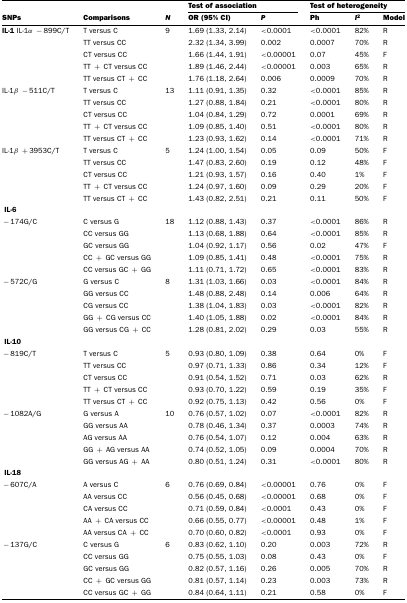
<table><thead><tr><td></td><td></td><td></td><td colspan="2"><b>Test of association</b></td><td colspan="3"><b>Test of heterogeneity</b></td></tr><tr><td><b>SNPs</b></td><td><b>Comparisons</b></td><td><b><i>N</i></b></td><td><b>OR (95% CI)</b></td><td><b><i>P</i></b></td><td><b>Ph</b></td><td><b><i>I</i><sup>2</sup></b></td><td><b>Model</b></td></tr></thead><tbody><tr><td><b>IL-1</b> IL-1α −899C/T</td><td>T versus C</td><td>9</td><td>1.69 (1.33, 2.14)</td><td>&lt;0.0001</td><td>&lt;0.0001</td><td>82%</td><td>R</td></tr><tr><td></td><td>TT versus CC</td><td></td><td>2.32 (1.34, 3.99)</td><td>0.002</td><td>0.0007</td><td>70%</td><td>R</td></tr><tr><td></td><td>CT versus CC</td><td></td><td>1.66 (1.44, 1.91)</td><td>&lt;0.00001</td><td>0.07</td><td>45%</td><td>F</td></tr><tr><td></td><td>TT + CT versus CC</td><td></td><td>1.89 (1.46, 2.44)</td><td>&lt;0.00001</td><td>0.003</td><td>65%</td><td>R</td></tr><tr><td></td><td>TT versus CT + CC</td><td></td><td>1.76 (1.18, 2.64)</td><td>0.006</td><td>0.0009</td><td>70%</td><td>R</td></tr><tr><td>IL-1β −511C/T</td><td>T versus C</td><td>13</td><td>1.11 (0.91, 1.35)</td><td>0.32</td><td>&lt;0.0001</td><td>85%</td><td>R</td></tr><tr><td></td><td>TT versus CC</td><td></td><td>1.27 (0.88, 1.84)</td><td>0.21</td><td>&lt;0.0001</td><td>80%</td><td>R</td></tr><tr><td></td><td>CT versus CC</td><td></td><td>1.04 (0.84, 1.29)</td><td>0.72</td><td>0.0001</td><td>69%</td><td>R</td></tr><tr><td></td><td>TT + CT versus CC</td><td></td><td>1.09 (0.85, 1.40)</td><td>0.51</td><td>&lt;0.0001</td><td>80%</td><td>R</td></tr><tr><td></td><td>TT versus CT + CC</td><td></td><td>1.23 (0.93, 1.62)</td><td>0.14</td><td>&lt;0.0001</td><td>71%</td><td>R</td></tr><tr><td>IL-1β +3953C/T</td><td>T versus C</td><td>5</td><td>1.24 (1.00, 1.54)</td><td>0.05</td><td>0.09</td><td>50%</td><td>F</td></tr><tr><td></td><td>TT versus CC</td><td></td><td>1.47 (0.83, 2.60)</td><td>0.19</td><td>0.12</td><td>48%</td><td>F</td></tr><tr><td></td><td>CT versus CC</td><td></td><td>1.21 (0.93, 1.57)</td><td>0.16</td><td>0.40</td><td>1%</td><td>F</td></tr><tr><td></td><td>TT + CT versus CC</td><td></td><td>1.24 (0.97, 1.60)</td><td>0.09</td><td>0.29</td><td>20%</td><td>F</td></tr><tr><td></td><td>TT versus CT + CC</td><td></td><td>1.43 (0.82, 2.51)</td><td>0.21</td><td>0.11</td><td>50%</td><td>F</td></tr><tr><td><b>IL-6</b></td><td></td><td></td><td></td><td></td><td></td><td></td><td></td></tr><tr><td>−174G/C</td><td>C versus G</td><td>18</td><td>1.12 (0.88, 1.43)</td><td>0.37</td><td>&lt;0.0001</td><td>86%</td><td>R</td></tr><tr><td></td><td>CC versus GG</td><td></td><td>1.13 (0.68, 1.88)</td><td>0.64</td><td>&lt;0.0001</td><td>85%</td><td>R</td></tr><tr><td></td><td>GC versus GG</td><td></td><td>1.04 (0.92, 1.17)</td><td>0.56</td><td>0.02</td><td>47%</td><td>F</td></tr><tr><td></td><td>CC + GC versus GG</td><td></td><td>1.09 (0.85, 1.41)</td><td>0.48</td><td>&lt;0.0001</td><td>75%</td><td>R</td></tr><tr><td></td><td>CC versus GC + GG</td><td></td><td>1.11 (0.71, 1.72)</td><td>0.65</td><td>&lt;0.0001</td><td>83%</td><td>R</td></tr><tr><td>−572C/G</td><td>G versus C</td><td>8</td><td>1.31 (1.03, 1.66)</td><td>0.03</td><td>&lt;0.0001</td><td>84%</td><td>R</td></tr><tr><td></td><td>GG versus CC</td><td></td><td>1.48 (0.88, 2.48)</td><td>0.14</td><td>0.006</td><td>64%</td><td>R</td></tr><tr><td></td><td>CG versus CC</td><td></td><td>1.38 (1.04, 1.83)</td><td>0.03</td><td>&lt;0.0001</td><td>82%</td><td>R</td></tr><tr><td></td><td>GG + CG versus CC</td><td></td><td>1.40 (1.05, 1.88)</td><td>0.02</td><td>&lt;0.0001</td><td>84%</td><td>R</td></tr><tr><td></td><td>GG versus CG + CC</td><td></td><td>1.28 (0.81, 2.02)</td><td>0.29</td><td>0.03</td><td>55%</td><td>R</td></tr><tr><td><b>IL-10</b></td><td></td><td></td><td></td><td></td><td></td><td></td><td></td></tr><tr><td>−819C/T</td><td>T versus C</td><td>5</td><td>0.93 (0.80, 1.09)</td><td>0.38</td><td>0.64</td><td>0%</td><td>F</td></tr><tr><td></td><td>TT versus CC</td><td></td><td>0.97 (0.71, 1.33)</td><td>0.86</td><td>0.34</td><td>12%</td><td>F</td></tr><tr><td></td><td>CT versus CC</td><td></td><td>0.91 (0.54, 1.52)</td><td>0.71</td><td>0.03</td><td>62%</td><td>R</td></tr><tr><td></td><td>TT + CT versus CC</td><td></td><td>0.93 (0.70, 1.22)</td><td>0.59</td><td>0.19</td><td>35%</td><td>F</td></tr><tr><td></td><td>TT versus CT + CC</td><td></td><td>0.92 (0.75, 1.13)</td><td>0.42</td><td>0.56</td><td>0%</td><td>F</td></tr><tr><td>−1082A/G</td><td>G versus A</td><td>10</td><td>0.76 (0.57, 1.02)</td><td>0.07</td><td>&lt;0.0001</td><td>82%</td><td>R</td></tr><tr><td></td><td>GG versus AA</td><td></td><td>0.78 (0.46, 1.34)</td><td>0.37</td><td>0.0003</td><td>74%</td><td>R</td></tr><tr><td></td><td>AG versus AA</td><td></td><td>0.76 (0.54, 1.07)</td><td>0.12</td><td>0.004</td><td>63%</td><td>R</td></tr><tr><td></td><td>GG + AG versus AA</td><td></td><td>0.74 (0.52, 1.05)</td><td>0.09</td><td>0.0004</td><td>70%</td><td>R</td></tr><tr><td></td><td>GG versus AG + AA</td><td></td><td>0.80 (0.51, 1.24)</td><td>0.31</td><td>&lt;0.0001</td><td>80%</td><td>R</td></tr><tr><td><b>IL-18</b></td><td></td><td></td><td></td><td></td><td></td><td></td><td></td></tr><tr><td>−607C/A</td><td>A versus C</td><td>6</td><td>0.76 (0.69, 0.84)</td><td>&lt;0.00001</td><td>0.76</td><td>0%</td><td>F</td></tr><tr><td></td><td>AA versus CC</td><td></td><td>0.56 (0.45, 0.68)</td><td>&lt;0.00001</td><td>0.68</td><td>0%</td><td>F</td></tr><tr><td></td><td>CA versus CC</td><td></td><td>0.71 (0.59, 0.84)</td><td>&lt;0.0001</td><td>0.43</td><td>0%</td><td>F</td></tr><tr><td></td><td>AA + CA versus CC</td><td></td><td>0.66 (0.55, 0.77)</td><td>&lt;0.00001</td><td>0.48</td><td>1%</td><td>F</td></tr><tr><td></td><td>AA versus CA + CC</td><td></td><td>0.70 (0.60, 0.82)</td><td>&lt;0.0001</td><td>0.93</td><td>0%</td><td>F</td></tr><tr><td>−137G/C</td><td>C versus G</td><td>6</td><td>0.83 (0.62, 1.10)</td><td>0.20</td><td>0.003</td><td>72%</td><td>R</td></tr><tr><td></td><td>CC versus GG</td><td></td><td>0.75 (0.55, 1.03)</td><td>0.08</td><td>0.43</td><td>0%</td><td>F</td></tr><tr><td></td><td>GC versus GG</td><td></td><td>0.82 (0.57, 1.16)</td><td>0.26</td><td>0.005</td><td>70%</td><td>R</td></tr><tr><td></td><td>CC + GC versus GG</td><td></td><td>0.81 (0.57, 1.14)</td><td>0.23</td><td>0.003</td><td>73%</td><td>R</td></tr><tr><td></td><td>CC versus GC + GG</td><td></td><td>0.84 (0.64, 1.11)</td><td>0.21</td><td>0.58</td><td>0%</td><td>F</td></tr></tbody></table>